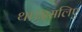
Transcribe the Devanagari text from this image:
था।इसलिए